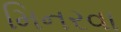
મિનરવા